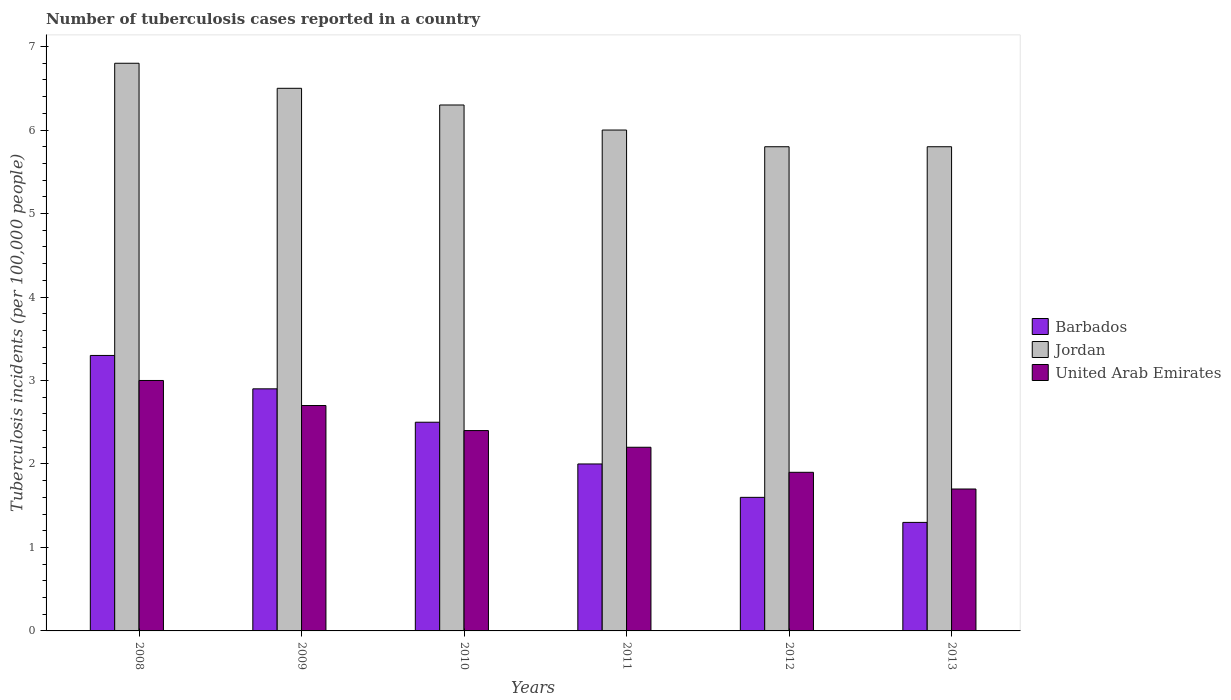
| Years | Barbados | Jordan | United Arab Emirates |
 | --- | --- | --- | --- |
 | 2008 | 3.3 | 6.8 | 3 |
 | 2009 | 2.9 | 6.5 | 2.7 |
 | 2010 | 2.5 | 6.3 | 2.4 |
 | 2011 | 2 | 6 | 2.2 |
 | 2012 | 1.6 | 5.8 | 1.9 |
 | 2013 | 1.3 | 5.8 | 1.7 |